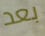
بعد